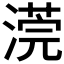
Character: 𣻻